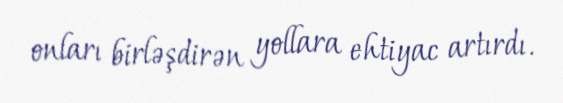
onları birləşdirən yollara ehtiyac artırdı.